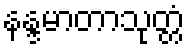
နန္ဒမာတာသုတ္တံ